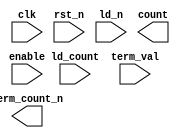
////////////////////////////////////////////////////////////////////////////////
//
//       This confidential and proprietary software may be used only
//     as authorized by a licensing agreement from Synopsys Inc.
//     In the event of publication, the following notice is applicable:
//
//                    (C) COPYRIGHT 2010 - 2016 SYNOPSYS INC.
//                           ALL RIGHTS RESERVED
//
//       The entire notice above must be reproduced on all authorized
//     copies.
//
//
// VERSION:   Verilog Simulation model for DW_lp_cntr_up_df
//
// DesignWare_version: 0eed0892
// DesignWare_release: K-2015.06-DWBB_201506.5.2
//
////////////////////////////////////////////////////////////////////////////////

//
//
// ABSTRACT: Low Power Up Counter with Dynamic Terminal Count
//
//
//      Parameters     Valid Values   Description
//      ==========     ============   ===========
//      width           2 to 1024     default: 8
//                                    Width of counter
//
//      rst_mode         0 to 1       default: 0
//                                    Defines whether reset is async or sync
//                                      0 => use asynch reset FFs
//                                      1 => use synch reset FFs
//
//      reg_trmcnt       0 to 1       default: 0
//                                    Defines whether term_count_n is registered
//                                      0 => term_count_n is combination
//                                      1 => term_count_n is registered
//
//
//      Inputs         Size       Description
//      ======         ====       ===========
//      clk            1 bit      Positive edge sensitive Clock Input
//      rst_n          1 bit      Reset Inpur (active low)
//      enable         1 bit      Counter Enable Input (active high)
//      ld_n           1 bit      Reset (active low)
//      ld_count    width bits    Value to Load into Counter
//      term_val    width bits    Input to Specify the Terminal Count Value
//
//
//      Outputs        Size       Description
//      =======        ====       ===========
//      count       width bits    Counter Output
//      term_count_n   1 bit      Terminal Count Output Flag (active low)
//
//
// Modification history:
//
////////////////////////////////////////////////////////////////////////////////

module DW_lp_cntr_up_df(
	clk,
	rst_n,
	enable,
	ld_n,
	ld_count,
	term_val,
	count,
	term_count_n
	);

parameter width     = 8;
parameter rst_mode  = 0;
parameter reg_trmcnt= 0;


input			clk;
input			rst_n;
input			enable;
input			ld_n;
input  [width-1 : 0]	ld_count;
input  [width-1 : 0]	term_val;
output [width-1 : 0]	count;
output			term_count_n;

// synopsys translate_off

reg    [width-1 : 0]	count_int;
wire   [width-1 : 0]	count_next;

wire   [width-1 : 0]	count_plus_one;

reg			term_count_n_int;
wire			term_count_n_next;
wire   [width-1 : 0]	one;


  assign one = {{width-1{1'b0}},1'b1};

  assign count_plus_one = count_int + one;
  assign count_next = (ld_n === 1'b1)? ((enable === 1'b1)? count_plus_one :
					  ((enable === 1'b0)? count_int : {width{1'bx}})) :
			((ld_n === 1'b0)? ld_count : {width{1'bx}});

generate if (rst_mode == 0) begin : GEN_1
  always @ (posedge clk or negedge rst_n) begin : PROC_registers_async
    if (rst_n == 1'b0) begin
      count_int <= {width{1'b0}};
      term_count_n_int <= 1'b1;
    end else begin
      count_int <= count_next;
      term_count_n_int <= term_count_n_next;
    end
  end
end else begin
  always @ (posedge clk) begin : PROC_registers_sync
    if (rst_n == 1'b0) begin
      count_int <= {width{1'b0}};
      term_count_n_int <= 1'b1;
    end else begin
      count_int <= count_next;
      term_count_n_int <= term_count_n_next;
    end
  end
end
endgenerate

  assign count = count_int;

generate if (reg_trmcnt == 0) begin : GEN_2
  assign term_count_n = ((^(count_int ^ count_int) !== 1'b0) || (^(term_val ^ term_val) !== 1'b0))? 1'bX :
				((count_int == term_val)? 1'b0 : 1'b1);
  assign term_count_n_next = 1'b1;
end else begin
  assign term_count_n = term_count_n_int;
  assign term_count_n_next = ((ld_n & ~enable)==1'b1)? term_count_n_int :
				((^(count_next ^ count_next) !== 1'b0) || (^(term_val ^ term_val) !== 1'b0))? 1'bX :
				((count_next == term_val)? 1'b0 : 1'b1);
end
endgenerate

// synopsys translate_on

endmodule